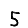
Digit: 5